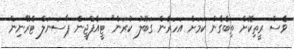
ވެސް ރީތިކޮށް ތިބެގެން ކަމަށް އަހަރެން ގަބޫލު ކުރަން" ޓީއެފްޖީން ޕާސަނަލް ޓްރޭނިން